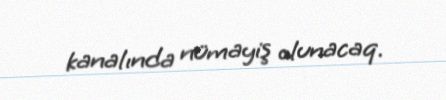
kanalında nümayiş olunacaq.